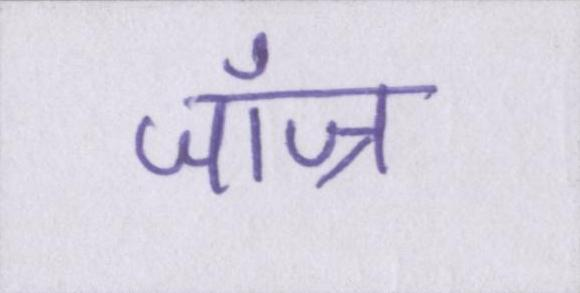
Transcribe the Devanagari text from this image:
जॉज्र